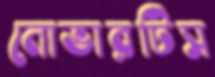
নোভারটিস